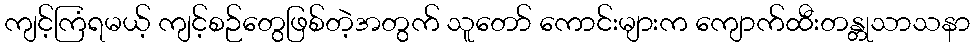
ကျင့်ကြံရမယ့် ကျင့်စဉ်တွေဖြစ်တဲ့အတွက် သူတော် ကောင်းများက ကျောက်ထီးတန္တုသာသနာ